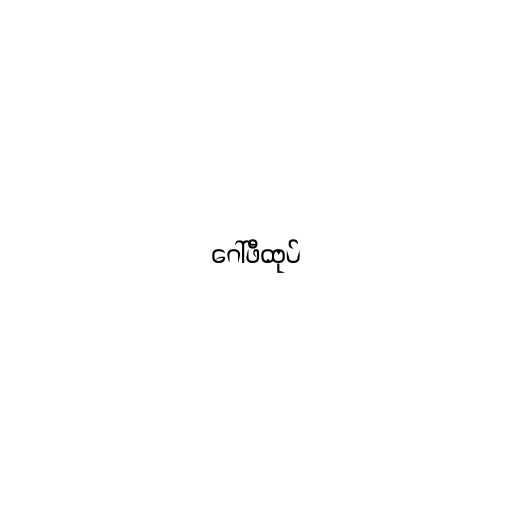
ဂေါ်ဖီထုပ်